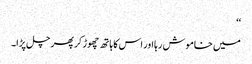
‘‘
میں خاموش رہا اور اس کا ہاتھ چھوڑ کر پھر چل پڑا۔